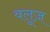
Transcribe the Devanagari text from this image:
वलूज़